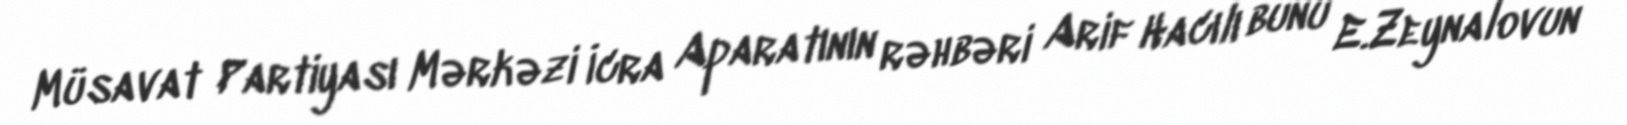
Müsavat Partiyası Mərkəzi İcra Aparatının rəhbəri Arif Hacılı bunu E.Zeynalovun